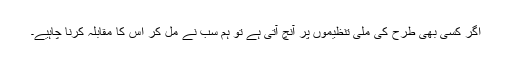
اگر کسی بھی طرح کی ملی تنظیموں پر آنچ آتی ہے تو ہم سب نے مل کر اس کا مقابلہ کرنا چاہیے۔